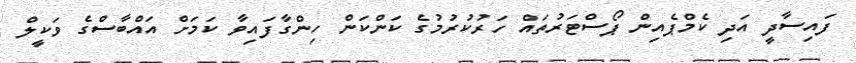
ފައިސާދީ އަދި ކެމްޕެއިން ޕޯސްޓަރުތައް ހަރުކުރުމުގެ ކަންކަން ހިންގާފައިވާ ކަމަށް އައްބާސްގެ ވަކީލް